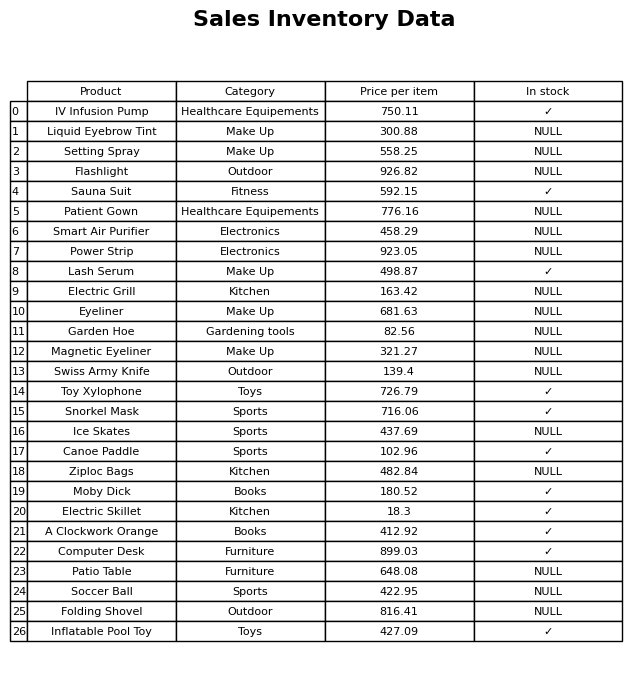
question: What is the price of the Lash Serum?
answer: The price of Lash Serum is 498.87.